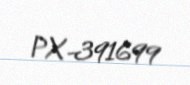
PX-391699